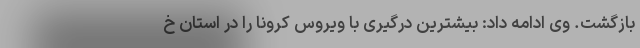
بازگشت. وی ادامه داد: بیشترین درگیری با ویروس کرونا را در استان خ